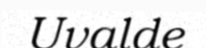
Uvalde